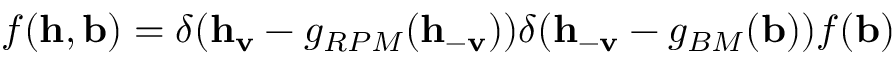
f ( \mathbf { h } , \mathbf { b } ) = \delta ( \mathbf { h } _ { \mathbf { v } } - g _ { R P M } ( \mathbf { h } _ { - \mathbf { v } } ) ) \delta ( \mathbf { h } _ { - \mathbf { v } } - g _ { B M } ( \mathbf { b } ) ) f ( \mathbf { b } )